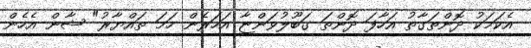
އެކަމަކު ދޮންތަގާތު އަހާފަ ދޮންތަ ގަބޫލުވަންޏާ އަހަރެން ހަމަ ތައްޔާރު" ޝާން އެހެން